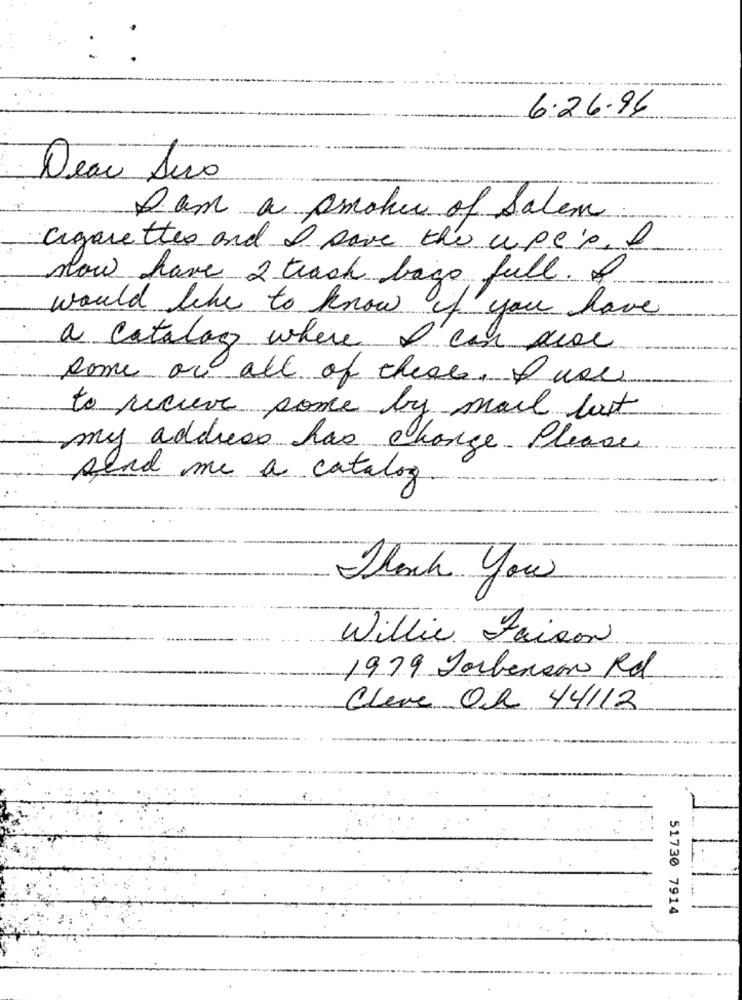
6.26.96
Dear Suo
Dam a smoker of Salem
cigarettes and I save the upe's, I
now have 2 trash bags full. f
would like to know if you have
a catalog where I'can proc
some or all of theass. twee
to receive ponce by mail last
my address has change Please
send me a catalog.
Thank you
Willie Faison
1979 Jarbenson Rd
Cleve OR 44112
1.
51730 7914